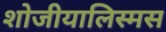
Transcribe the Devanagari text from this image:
शोजीयालिस्मस